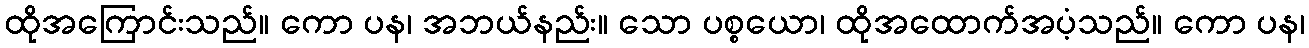
ထိုအကြောင်းသည်။ ကော ပန၊ အဘယ်နည်း။ သော ပစ္စယော၊ ထိုအထောက်အပံ့သည်။ ကော ပန၊